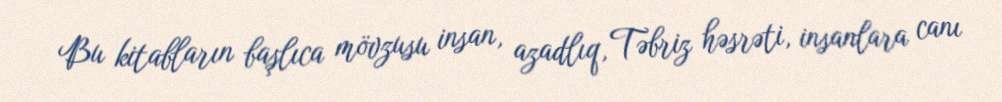
Bu kitabların başlıca mövzusu insan, azadlıq, Təbriz həsrəti, insanlara canı